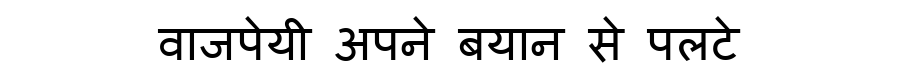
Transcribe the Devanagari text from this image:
वाजपेयी अपने बयान से पलटे